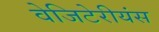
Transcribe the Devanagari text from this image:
वेजिटेरीयंस